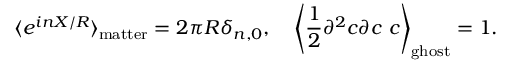
\langle e ^ { i n X / R } \rangle _ { \mathrm { m a t t e r } } = 2 \pi R \delta _ { n , 0 } , \quad \left\langle \frac { 1 } { 2 } \partial ^ { 2 } c \partial c \ c \right\rangle _ { \mathrm { g h o s t } } = 1 .